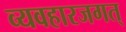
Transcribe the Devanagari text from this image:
व्यवहारजगत्‌